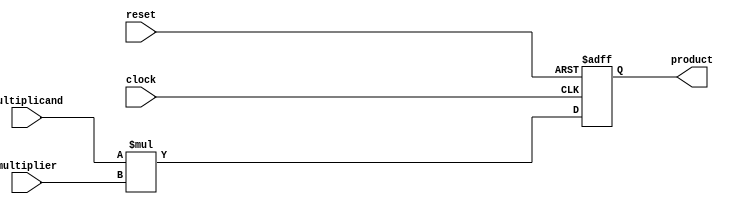
`timescale 1ns / 1ps
//////////////////////////////////////////////////////////////////////////////////
// Company: 
// Engineer: 
// 
// Design Name: 
// Module Name:    nBitGenericMultiplier 
// Project Name: 
// Target Devices: 
// Tool versions: 
// Description: 
//
// Dependencies: 
//
// Revision: 
// Revision 0.01 - File Created
// Additional Comments: 
//
//////////////////////////////////////////////////////////////////////////////////
module GenericMultiplierRstClk(clock,reset,multiplicand,multiplier,product);

parameter bitwidthA=8;
parameter bitwidthB=8;

input clock,reset;
input[bitwidthA-1:0] multiplicand;
input[bitwidthB-1:0] multiplier;

output reg[bitwidthA+bitwidthB-1:0] product;

always@(posedge clock, posedge reset)begin

	if(reset)
		product = 0;
	else
		product = multiplicand*multiplier;
	
end

endmodule